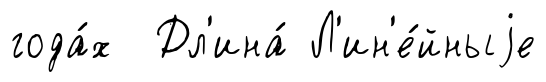
года́х Дл'ина́ Л'ин'е́йныjе